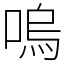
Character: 嗚